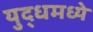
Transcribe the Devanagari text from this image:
युद्धमध्ये